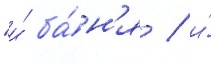
"и́ ба́н'я / и́